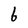
Character: b